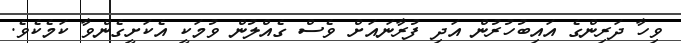
ވިހާ ދަރިންގެ އައިބުހުރުން އަދި ފުރާނައަށް ވެސް ގެއްލުން ވުމަކީ އެކަށީގެންވާ ކަމެކެވެ.